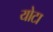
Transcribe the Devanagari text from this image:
योटा